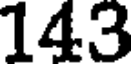
143